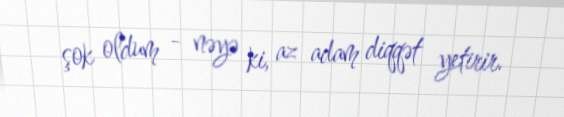
şok oldum - nəyə ki, az adam diqqət yetirir.